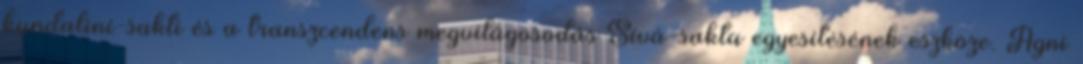
kundaliní-sakti és a transzcendens megvilágosodás Sívá-sakta egyesítésének eszköze. Agni